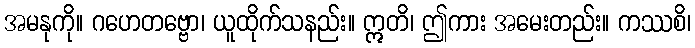
အမနုကို။ ဂဟေတဗ္ဗော၊ ယူထိုက်သနည်း။ ဣတိ၊ ဤကား အမေးတည်း။ ကဿစိ၊